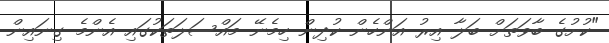
"ކުށުގެ ބާވަތަށް ބަލާ އިރު އަންހެން ކުދިން ހިމެނޭ މައްސަލަތަކުގައި އެންމެ ގިނައިން